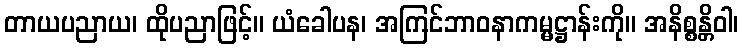
တာယပညာယ၊ ထိုပညာဖြင့်။ ယံခေါပန၊ အကြင်ဘာဝနာကမ္မဋ္ဌာန်းကို။ အနိစ္စန္တိဝါ၊